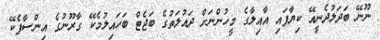
ނޫނޭ ބަދަލުދެނީއޭ ކިޔާފައި އާއިލާގެ މީހުންނަށް ދައުލަތުގެ ބަޖެޓް ބަހައިލުމެކޭ ގާރޫނުގެ އިންސާފެކޭ